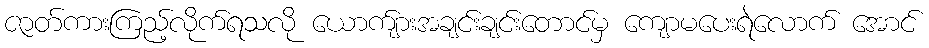
ဇာတ်ကားကြည့်လိုက်ရသလို ယောက်ျားအချင်းချင်းတောင်မှ ကျောမပေးရဲလောက် အောင်